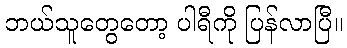
ဘယ်သူတွေတော့ ပါရီကို ပြန်လာပြီ။